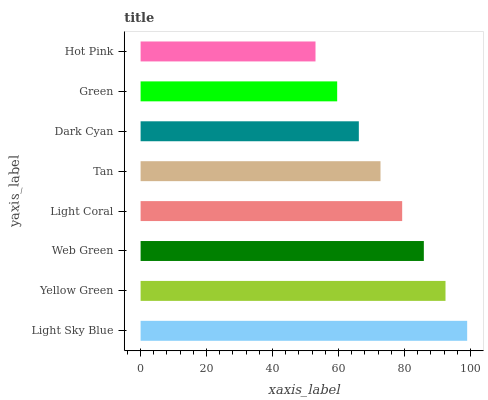
| yaxis_label | bars |
 | --- | --- |
 | Light Sky Blue | 99 |
 | Yellow Green | 92.4 |
 | Web Green | 85.9 |
 | Light Coral | 79.3 |
 | Tan | 72.7 |
 | Dark Cyan | 66.2 |
 | Green | 59.6 |
 | Hot Pink | 53 |